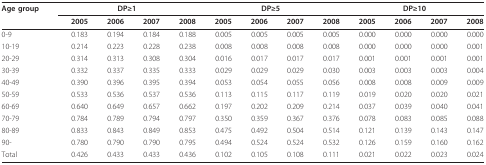
<table><thead><tr><td><b>Age group</b></td><td colspan="4"><b>DP≥1</b></td><td colspan="4"><b>DP≥5</b></td><td colspan="4"><b>DP≥10</b></td></tr><tr><td></td><td><b>2005</b></td><td><b>2006</b></td><td><b>2007</b></td><td><b>2008</b></td><td><b>2005</b></td><td><b>2006</b></td><td><b>2007</b></td><td><b>2008</b></td><td><b>2005</b></td><td><b>2006</b></td><td><b>2007</b></td><td><b>2008</b></td></tr></thead><tbody><tr><td>0-9</td><td>0.183</td><td>0.194</td><td>0.184</td><td>0.188</td><td>0.005</td><td>0.005</td><td>0.005</td><td>0.005</td><td>0.000</td><td>0.000</td><td>0.000</td><td>0.000</td></tr><tr><td>10-19</td><td>0.214</td><td>0.223</td><td>0.228</td><td>0.238</td><td>0.008</td><td>0.008</td><td>0.008</td><td>0.008</td><td>0.000</td><td>0.000</td><td>0.000</td><td>0.001</td></tr><tr><td>20-29</td><td>0.314</td><td>0.313</td><td>0.308</td><td>0.304</td><td>0.016</td><td>0.017</td><td>0.017</td><td>0.017</td><td>0.001</td><td>0.001</td><td>0.001</td><td>0.001</td></tr><tr><td>30-39</td><td>0.332</td><td>0.337</td><td>0.335</td><td>0.333</td><td>0.029</td><td>0.029</td><td>0.029</td><td>0.030</td><td>0.003</td><td>0.003</td><td>0.003</td><td>0.004</td></tr><tr><td>40-49</td><td>0.390</td><td>0.396</td><td>0.395</td><td>0.394</td><td>0.053</td><td>0.054</td><td>0.055</td><td>0.056</td><td>0.008</td><td>0.008</td><td>0.009</td><td>0.009</td></tr><tr><td>50-59</td><td>0.533</td><td>0.536</td><td>0.537</td><td>0.536</td><td>0.113</td><td>0.115</td><td>0.117</td><td>0.119</td><td>0.019</td><td>0.020</td><td>0.020</td><td>0.021</td></tr><tr><td>60-69</td><td>0.640</td><td>0.649</td><td>0.657</td><td>0.662</td><td>0.197</td><td>0.202</td><td>0.209</td><td>0.214</td><td>0.037</td><td>0.039</td><td>0.040</td><td>0.041</td></tr><tr><td>70-79</td><td>0.784</td><td>0.789</td><td>0.794</td><td>0.797</td><td>0.350</td><td>0.359</td><td>0.367</td><td>0.376</td><td>0.078</td><td>0.083</td><td>0.085</td><td>0.088</td></tr><tr><td>80-89</td><td>0.833</td><td>0.843</td><td>0.849</td><td>0.853</td><td>0.475</td><td>0.492</td><td>0.504</td><td>0.514</td><td>0.121</td><td>0.139</td><td>0.143</td><td>0.147</td></tr><tr><td>90-</td><td>0.780</td><td>0.790</td><td>0.790</td><td>0.795</td><td>0.494</td><td>0.524</td><td>0.524</td><td>0.532</td><td>0.126</td><td>0.159</td><td>0.160</td><td>0.162</td></tr><tr><td>Total</td><td>0.426</td><td>0.433</td><td>0.433</td><td>0.436</td><td>0.102</td><td>0.105</td><td>0.108</td><td>0.111</td><td>0.021</td><td>0.022</td><td>0.023</td><td>0.024</td></tr></tbody></table>